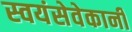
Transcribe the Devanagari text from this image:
स्वयंसेवेकानी